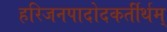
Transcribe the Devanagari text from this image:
हरिजनपादोदकर्तीर्थम्‌